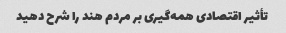
تأثیر اقتصادی همه‌گیری بر مردم هند را شرح دهید